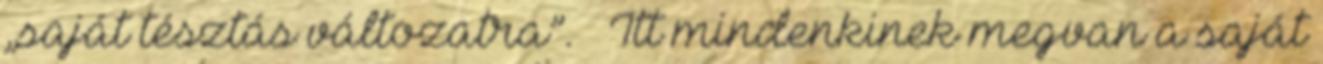
„saját tésztás változatra”. – Itt mindenkinek megvan a saját